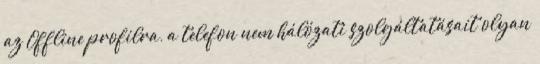
az Offline profilra, a telefon nem hálózati szolgáltatásait olyan